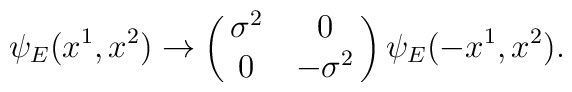
\psi_E (x^1,x^2)\rightarrow\left(\matrix{\sigma^2&0\cr0&-\sigma^2}\right)\psi_E(-x^1,x^2).